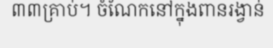
៣៣គ្រាប់។ ចំណែកនៅក្នុងពានរង្វាន់